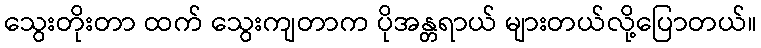
သွေးတိုးတာ ထက် သွေးကျတာက ပိုအန္တရာယ် များတယ်လို့ပြောတယ်။